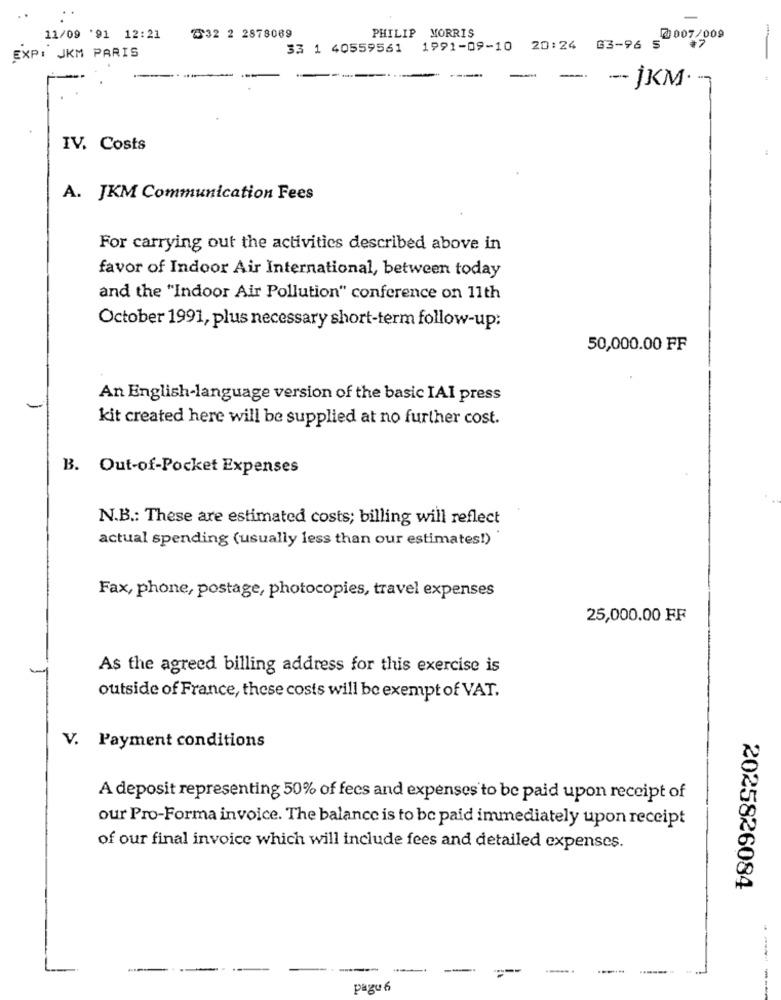
PHILIP MORRIS
11/09 '91 12:21
2532 2 2878089
@007/009
33 1 40559561 1991-09-10 20:24 63-96 5
EXP: JKM PARIS
-- İKM·
IV. Costs
A. JKM Communication Fees
For carrying out the activities described above in
favor of Indoor Air International, between today
and the "Indoor Air Pollution" conference on 11th
October 1991, plus necessary short-term follow-up:
50,000.00 FF
An English-language version of the basic IAI press
kit created here will be supplied at no further cost.
B. Out-of-Pocket Expenses
N.B .: These are estimated costs; billing will reflect
actual spending (usually less than our estimates!)
Fax, phone, postage, photocopies, travel expenses
25,000.00 FF
As the agreed billing address for this exercise is
outside of France, these costs will be exempt of VAT.
V. Payment conditions
A deposit representing 50% of fees and expenses to be paid upon receipt of
our Pro-Forma invoice. The balance is to be paid immediately upon receipt
of our final invoice which will include fees and detailed expenses.
2025826084
----
--
------ --
pagu 6
--